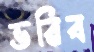
ভরিব